Preliminary report on a parasite found in persons suffering from enlargement of the spleen in India - Number 8
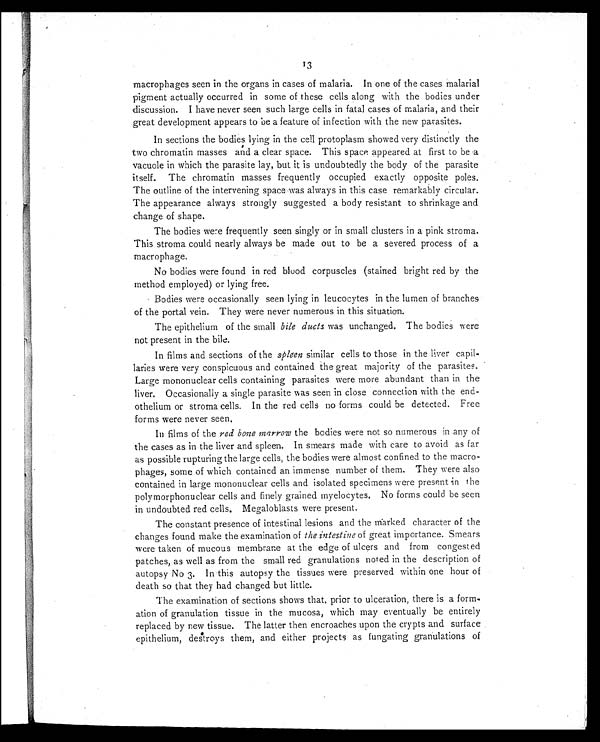
13
macrophages seen in the organs in cases of malaria. In one of the cases malarial
pigment actually occurred in some of these cells along with the bodies under
discussion. I have never seen such large cells in fatal cases of malaria, and their
great development appears to be a feature of infection with the new parasites.
In sections the bodies lying in the cell protoplasm showed very distinctly the
two chromatin masses and a clear space. This space appeared at first to be a
vacuole in which the parasite lay, but it is undoubtedly the body of the parasite
itself. The chromatin masses frequently occupied exactly opposite poles.
The outline of the intervening space was always in this case remarkably circular.
The appearance always strongly suggested a body resistant to shrinkage and
change of shape.
The bodies were frequently seen singly or in small clusters in a pink stroma.
This stroma could nearly always be made out to be a severed process of a
macrophage.
No bodies were found in red blood corpuscles (stained bright red by the
method employed) or lying free.
Bodies were occasionally seen lying in leucocytes in the lumen of branches
of the portal vein. They were never numerous in this situation.
The epithelium of the small bile ducts was unchanged. The bodies were
not present in the bile.
In films and sections of the spleen similar cells to those in the liver capil--
laries were very conspicuous and contained the great majority of the parasites.
Large mononuclear cells containing parasites were more abundant than in the
liver. Occasionally a single parasite was seen in close connection with the end-
othelium or stroma cells. In the red cells no forms could be detected. Free
forms were never seen,
In films of the red bone marrow the bodies were not so numerous in any of
the cases as in the liver and spleen. In smears made with care to avoid as far
as possible rupturing the large cells, the bodies were almost confined to the macro-
phages, some of which contained an immense number of them. They were also
contained in large mononuclear cells and isolated specimens were present in the
polymorphonuclear cells and finely grained myelocytes. No forms could be seen
in undoubted red cells. Megaloblasts were present.
The constant presence of intestinal lesions and the marked character of the
changes found make the examination of the intestine of great importance. Smears
were taken of mucous membrane at the edge of ulcers and from congested
patches, as well as from the small red granulations noted in the description of
autopsy No 3. In this autopsy the tissues were preserved within one hour of
death so that they had changed but little.
The examination of sections shows that, prior to ulceration, there is a form.
ation of granulation tissue in the mucosa, which may eventually be entirely
replaced by new tissue. The latter then encroaches upon the crypts and surface
epithelium, destroys them, and either projects as fungating granulations of